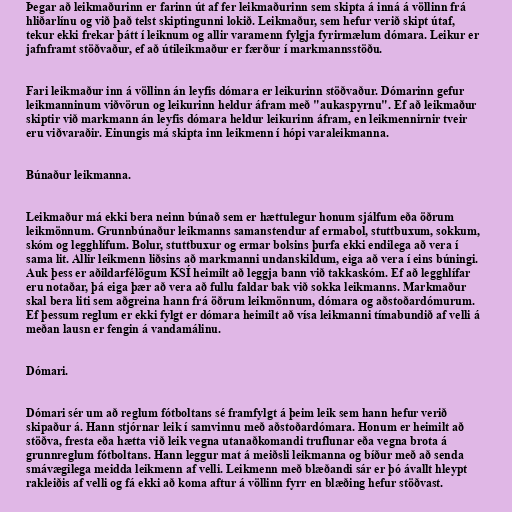
Þegar að leikmaðurinn er farinn út af fer leikmaðurinn sem skipta á inná á völlinn frá
hliðarlínu og við það telst skiptingunni lokið. Leikmaður, sem hefur verið skipt útaf,
tekur ekki frekar þátt í leiknum og allir varamenn fylgja fyrirmælum dómara. Leikur er
jafnframt stöðvaður, ef að útileikmaður er færður í markmannsstöðu.

Fari leikmaður inn á völlinn án leyfis dómara er leikurinn stöðvaður. Dómarinn gefur
leikmanninum viðvörun og leikurinn heldur áfram með "aukaspyrnu". Ef að leikmaður
skiptir við markmann án leyfis dómara heldur leikurinn áfram, en leikmennirnir tveir
eru viðvaraðir. Einungis má skipta inn leikmenn í hópi varaleikmanna.

Búnaður leikmanna.

Leikmaður má ekki bera neinn búnað sem er hættulegur honum sjálfum eða öðrum
leikmönnum. Grunnbúnaður leikmanns samanstendur af ermabol, stuttbuxum, sokkum,
skóm og legghlífum. Bolur, stuttbuxur og ermar bolsins þurfa ekki endilega að vera í
sama lit. Allir leikmenn liðsins að markmanni undanskildum, eiga að vera í eins búningi.
Auk þess er aðildarfélögum KSÍ heimilt að leggja bann við takkaskóm. Ef að legghlífar
eru notaðar, þá eiga þær að vera að fullu faldar bak við sokka leikmanns. Markmaður
skal bera liti sem aðgreina hann frá öðrum leikmönnum, dómara og aðstoðardómurum.
Ef þessum reglum er ekki fylgt er dómara heimilt að vísa leikmanni tímabundið af velli á
meðan lausn er fengin á vandamálinu.

Dómari.

Dómari sér um að reglum fótboltans sé framfylgt á þeim leik sem hann hefur verið
skipaður á. Hann stjórnar leik í samvinnu með aðstoðardómara. Honum er heimilt að
stöðva, fresta eða hætta við leik vegna utanaðkomandi truflunar eða vegna brota á
grunnreglum fótboltans. Hann leggur mat á meiðsli leikmanna og bíður með að senda
smávægilega meidda leikmenn af velli. Leikmenn með blæðandi sár er þó ávallt hleypt
rakleiðis af velli og fá ekki að koma aftur á völlinn fyrr en blæðing hefur stöðvast.